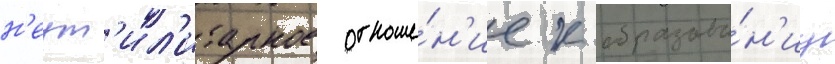
н'еут'ил'итарное отноше́н'ие к образова́н'иу